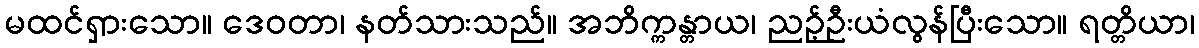
မထင်ရှားသော။ ဒေဝတာ၊ နတ်သားသည်။ အဘိက္ကန္တာယ၊ ညဉ့်ဦးယံလွန်ပြီးသော။ ရတ္တိယာ၊